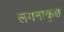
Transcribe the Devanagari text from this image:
लगनाकुछ